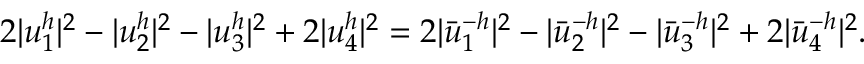
2 | u _ { 1 } ^ { h } | ^ { 2 } - | u _ { 2 } ^ { h } | ^ { 2 } - | u _ { 3 } ^ { h } | ^ { 2 } + 2 | u _ { 4 } ^ { h } | ^ { 2 } = 2 | \bar { u } _ { 1 } ^ { - h } | ^ { 2 } - | \bar { u } _ { 2 } ^ { - h } | ^ { 2 } - | \bar { u } _ { 3 } ^ { - h } | ^ { 2 } + 2 | \bar { u } _ { 4 } ^ { - h } | ^ { 2 } .